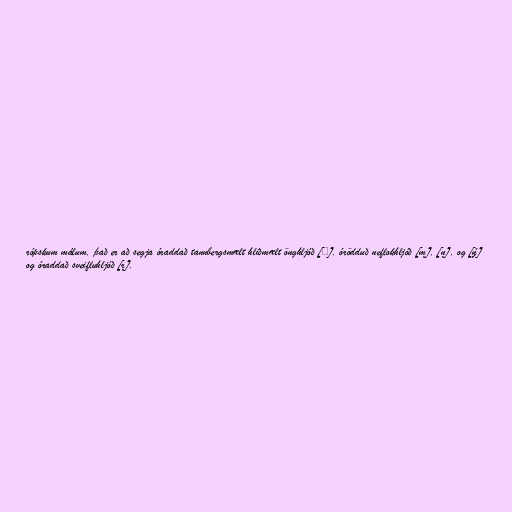
rópskum málum, það er að segja óraddað tannbergsmælt hliðmælt önghljóð [ɬ], órödduð neflokhljóð [m̥], [n̥], og [ŋ̊]
og óraddað sveifluhljóð [r̥].